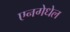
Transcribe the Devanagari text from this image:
एनगेधेल